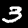
Label: 3